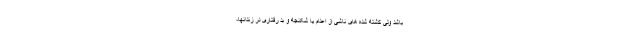
باشد ولی کشته شده های ناشی از اعدام یا شکنجه و بد رفتاری در زندانها،